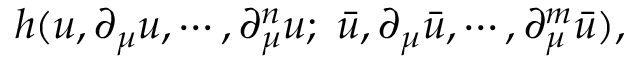
h ( u , \partial _ { \mu } u , \cdots , \partial _ { \mu } ^ { n } u ; \ \bar { u } , \partial _ { \mu } \bar { u } , \cdots , \partial _ { \mu } ^ { m } \bar { u } ) ,